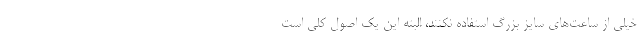
خیلی از ساعت‌های سایز بزرگ استفاده نکنند، البته این یک اصول کلی است